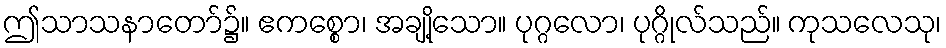
ဤသာသနာတော်၌။ ဧကစ္စော၊ အချို့သော။ ပုဂ္ဂလော၊ ပုဂ္ဂိုလ်သည်။ ကုသလေသု၊